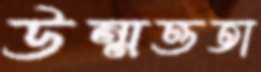
উন্মত্ততা